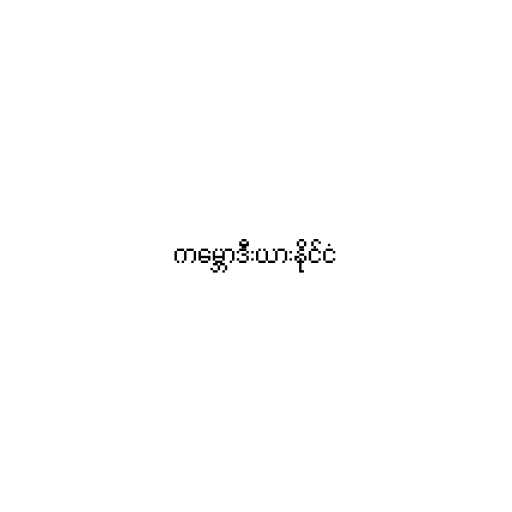
ကမ္ဘောဒီးယားနိုင်ငံ